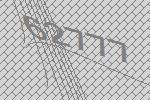
62777